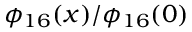
\phi _ { 1 6 } ( x ) / \phi _ { 1 6 } ( 0 )